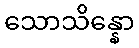
သောသိန္နော